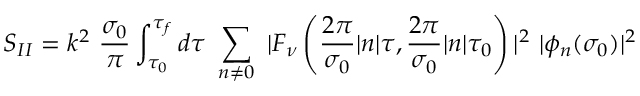
S _ { I I } = k ^ { 2 } ~ \frac { \sigma _ { 0 } } { \pi } \int _ { \tau _ { 0 } } ^ { \tau _ { f } } d \tau ~ \sum _ { n \neq 0 } ^ { } ~ | F _ { \nu } \left( \frac { 2 \pi } { \sigma _ { 0 } } | n | \tau , \frac { 2 \pi } { \sigma _ { 0 } } | n | \tau _ { 0 } \right) | ^ { 2 } ~ | \phi _ { n } ( \sigma _ { 0 } ) | ^ { 2 }